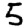
Digit: 5